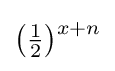
\textstyle {\bigl (}{\tfrac {1}{2}}{\bigr )}{\vphantom {)}}^{x+n}